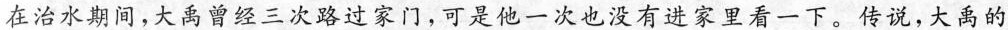
在治水期间，大禹曾经三次路过家门，可是他一次也没有进家里看一下。传说，大禹的